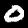
Label: 0